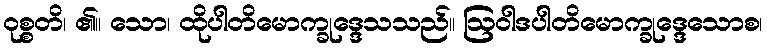
ဝုစ္စတိ၊ ၏။ သော၊ ထိုပါတိမောက္ခုဒ္ဒေသသည်။ ဩဝါဒပါတိမောက္ခုဒ္ဒေသောစ၊